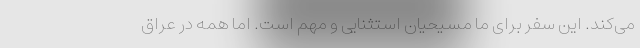
می‌کند. این سفر برای ما مسیحیان استثنایی و مهم است. اما همه در عراق